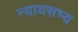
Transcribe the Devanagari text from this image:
न्यायसभ्य